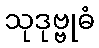
သုဒုဗ္ဗုဓံ